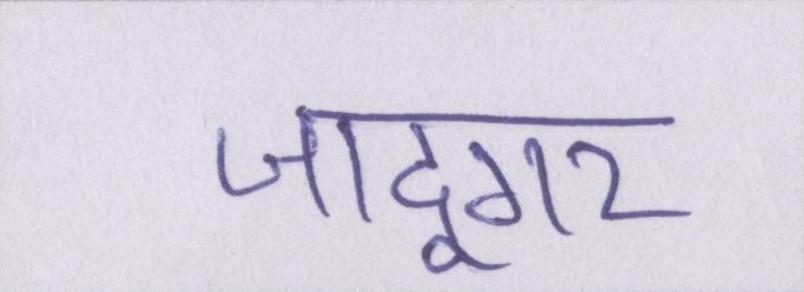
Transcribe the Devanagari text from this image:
जादूगर